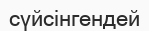
сүйсінгендей